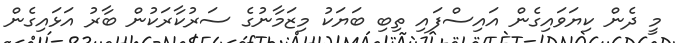
މީ ދެން ކިޔަވައިގެން އައިސްފައި ތިބި ބަޔަކު މިޒަމާނުގެ ސަރުކާރަކުން ބާރު އަޅައިގެން